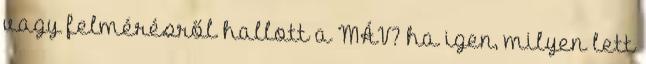
vagy felmérésről hallott a MÁV? ha igen, milyen lett